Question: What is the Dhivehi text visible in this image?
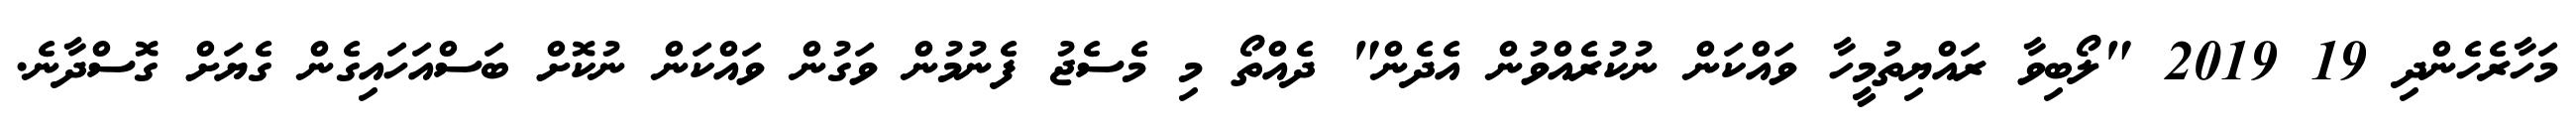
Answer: މަހާރެހެންދި 19 2019 "ލޯބިވާ ރައްޔިތުމީހާ ވައްކަން ނުކުރެއްވުން އެދެން" ދެއްތޯ މި މެސެޖު ފެނުމުން ވަގުން ވައްކަން ނުކޮށް ބަސްއަހައިގެން ގެޔަށް ގޮސްދާނެ.